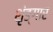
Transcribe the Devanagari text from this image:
शृंङ्गार